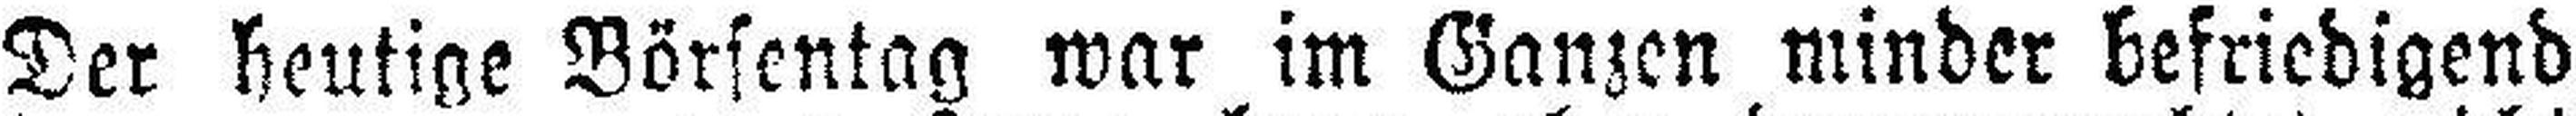
Der heutige Börsentag war im Ganzen minder befriedigend